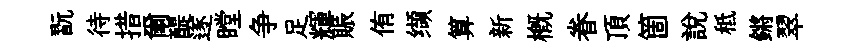
翫待措爾醍遂瞠争足輝賑侑缬算新槪眷頂箇説秪鏘翠